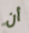
أن